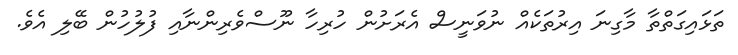
ތަޅައިގަތްތާ މާގިނަ އިރުތަކެއް ނުވަނީސް އެރަށުން ހުރިހާ ނޫސްވެރިންނާއި ފުލުހުން ބޭލި އެވެ.